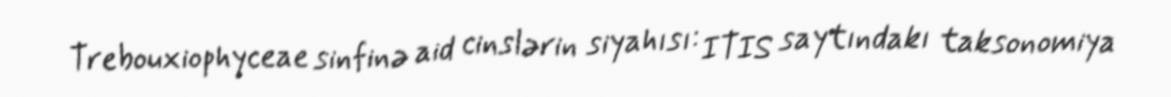
Trebouxiophyceae sinfinə aid cinslərin siyahısı: ITIS saytındakı taksonomiya